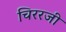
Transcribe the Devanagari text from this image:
चिररजी